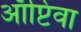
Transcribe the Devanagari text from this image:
ऑप्टिवा